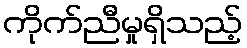
ကိုက်ညီမှုရှိသည့်